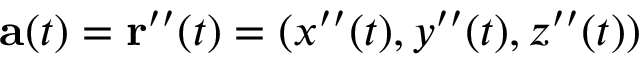
\mathbf { a } ( t ) = \mathbf { r } ^ { \prime \prime } ( t ) = ( x ^ { \prime \prime } ( t ) , y ^ { \prime \prime } ( t ) , z ^ { \prime \prime } ( t ) )